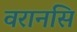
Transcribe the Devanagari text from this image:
वरानसि